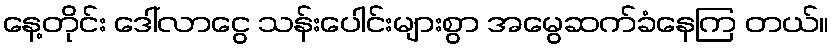
နေ့တိုင်း ဒေါ်လာငွေ သန်းပေါင်းများစွာ အမွေဆက်ခံနေကြ တယ်။